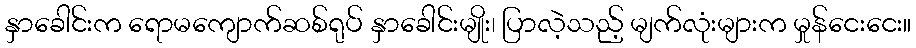
နှာခေါင်းက ရောမကျောက်ဆစ်ရုပ် နှာခေါင်းမျိုး၊ ပြာလဲ့သည့် မျက်လုံးများက မှုန်ငေးငေး။